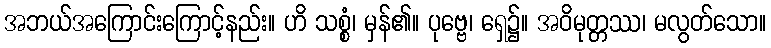
အဘယ်အကြောင်းကြောင့်နည်း။ ဟိ သစ္စံ၊ မှန်၏။ ပုဗ္ဗေ၊ ရှေ၌။ အဝိမုတ္တဿ၊ မလွတ်သော။